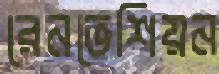
রেনভেশিয়ন